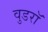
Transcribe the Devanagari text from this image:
वुडरॉ